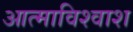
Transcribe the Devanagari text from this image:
आत्माविश्वाश